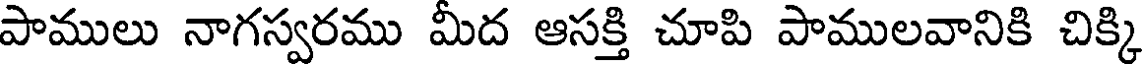
పాములు నాగస్వరము మీద ఆసక్తి చూపి పాములవానికి చిక్కి